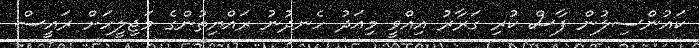
ކައުންސިލުން ފާސް ކުރި ގަރާރު އިއްވީ މިއަދު ހެނދުނު ރައްޔިތުންގެ މަޖިލީހަށް ރައީސް